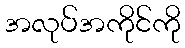
အလုပ်အကိုင်ကို